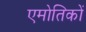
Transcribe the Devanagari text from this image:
एमोतिकों